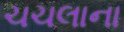
ચચલાના